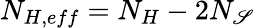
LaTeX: N_{H,eff}=N_{H}-2N_{\mathscr{S}}